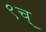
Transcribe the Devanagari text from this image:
९च्